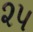
૨૫